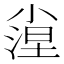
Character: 𡮛